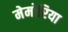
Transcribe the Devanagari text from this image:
मेमोरिया